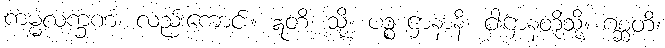
ကမ္မလက္ခဏံ၊ လည်းကောင်း။ ဣတိ၊ သို့။ ပဉ္စ ဌာနာနိ၊ ငါးဌာနတို့သို့။ ဂစ္ဆတိ၊